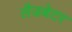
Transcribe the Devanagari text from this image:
लैडबेटर